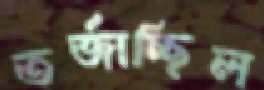
তর্জাচ্ছিল